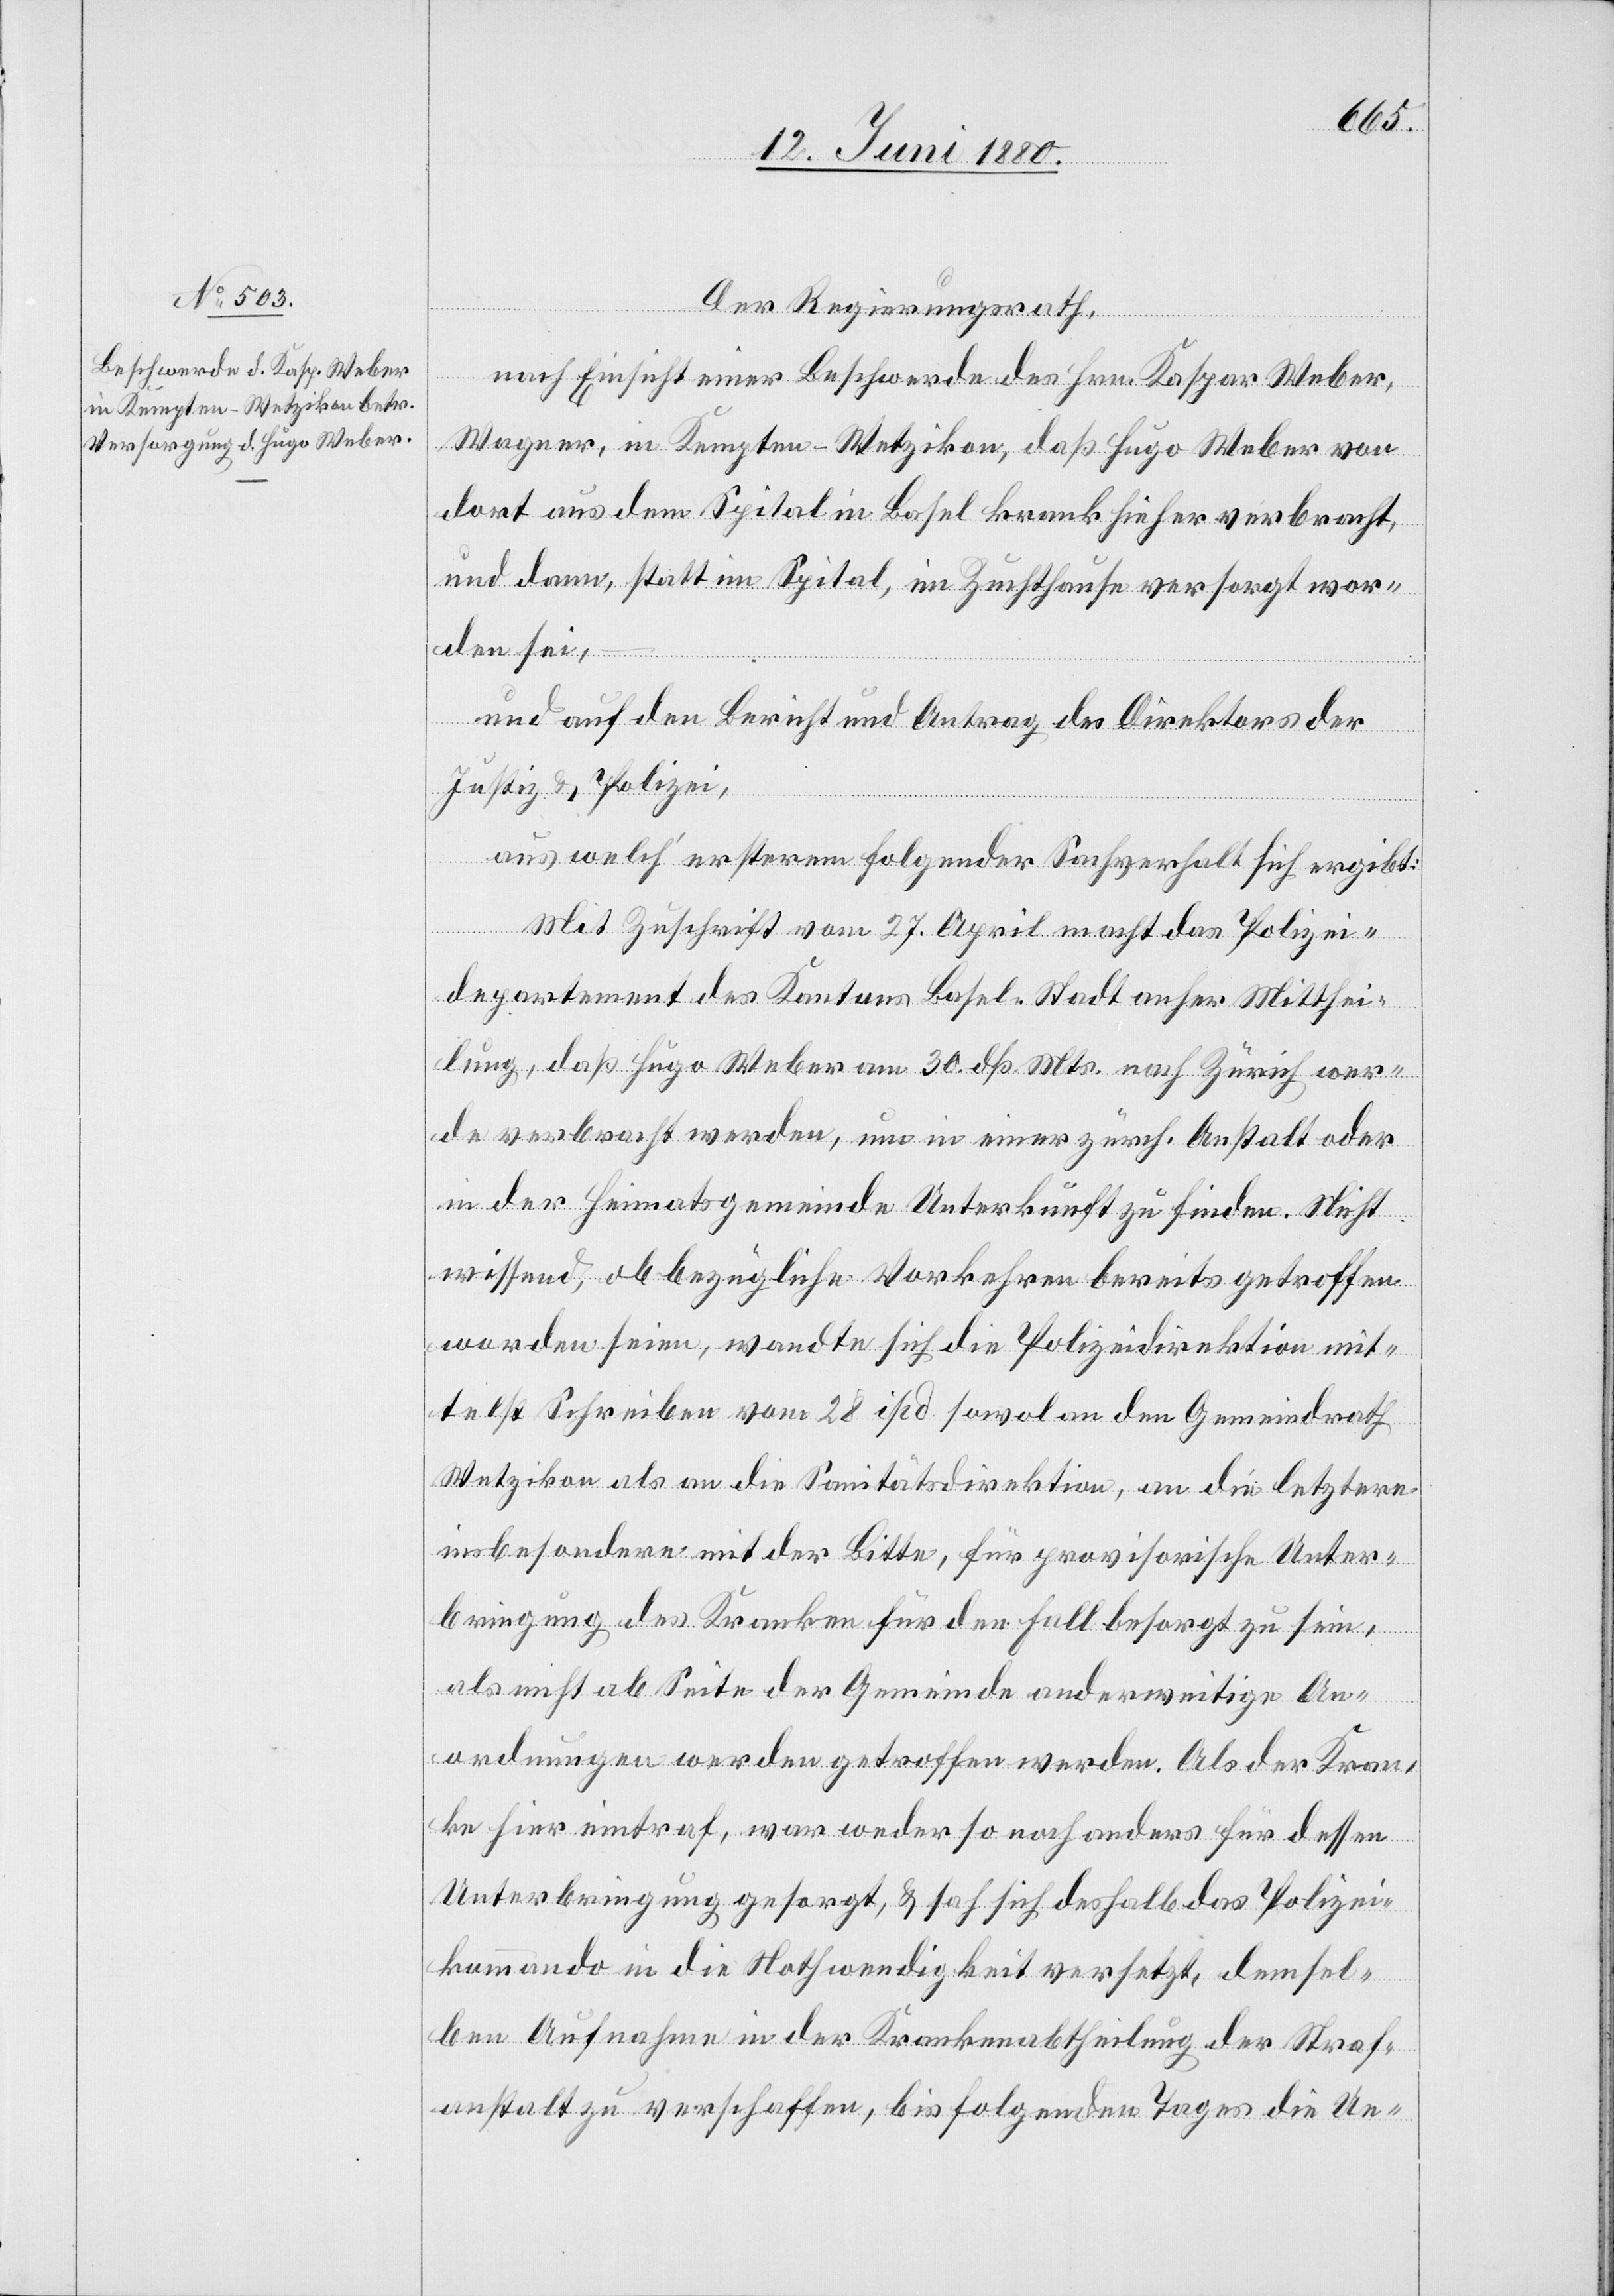
Der Regierungsrath,
nach Einsicht einer Beschwerde des Hrn. Kaspar Weber,
Wagner, in Kempten - Wetzikon, daß Hugo Weber von
dort aus dem Spital in Basel krank hieher verbracht,
und dann, statt im Spital, im Zuchthause versorgt wor¬
den sei, –
und auf den Bericht und Antrag des Direktors der
Justiz & Polizei,
aus welch‘ ersterem folgender Sachverhalt sich ergibt:
Mit Zuschrift vom 27. April macht das Polizei¬
departement des Kantons Basel-Stadt anher Mitthei¬
lung, daß Hugo Weber am 30. dß. Mts. nach Zürich wer¬
de verbracht werden, um in einer zürch. Anstalt oder
in der Heimatsgemeinde Unterkunft zu finden. Nicht
wissend, ob bezügliche Vorkehren bereits getroffen
worden seien, wandte sich die Polizeidirektion mit¬
telst Schreiben vom 28. isid. [recte: ibid.] sowol an den Gemeindrath
Wetzikon als an die Sanitätsdirektion, an die letztere
insbesondere mit der Bitte, für provisorische Unter¬
bringung des Kranken für den Fall besorgt zu sein,
als nicht ab Seite der Gemeinde anderweitige An¬
ordnungen werden getroffen werden. Als der Kran¬
ke hier eintraf, war weder so noch anders für dessen
Unterbringung gesorgt, & sah sich deshalb das Polizei¬
kommando in die Nothwendigkeit versetzt, demsel¬
ben Aufnahme in der Krankenabtheilung der Straf¬
anstalt zu verschaffen, bis folgenden Tages die Ue-